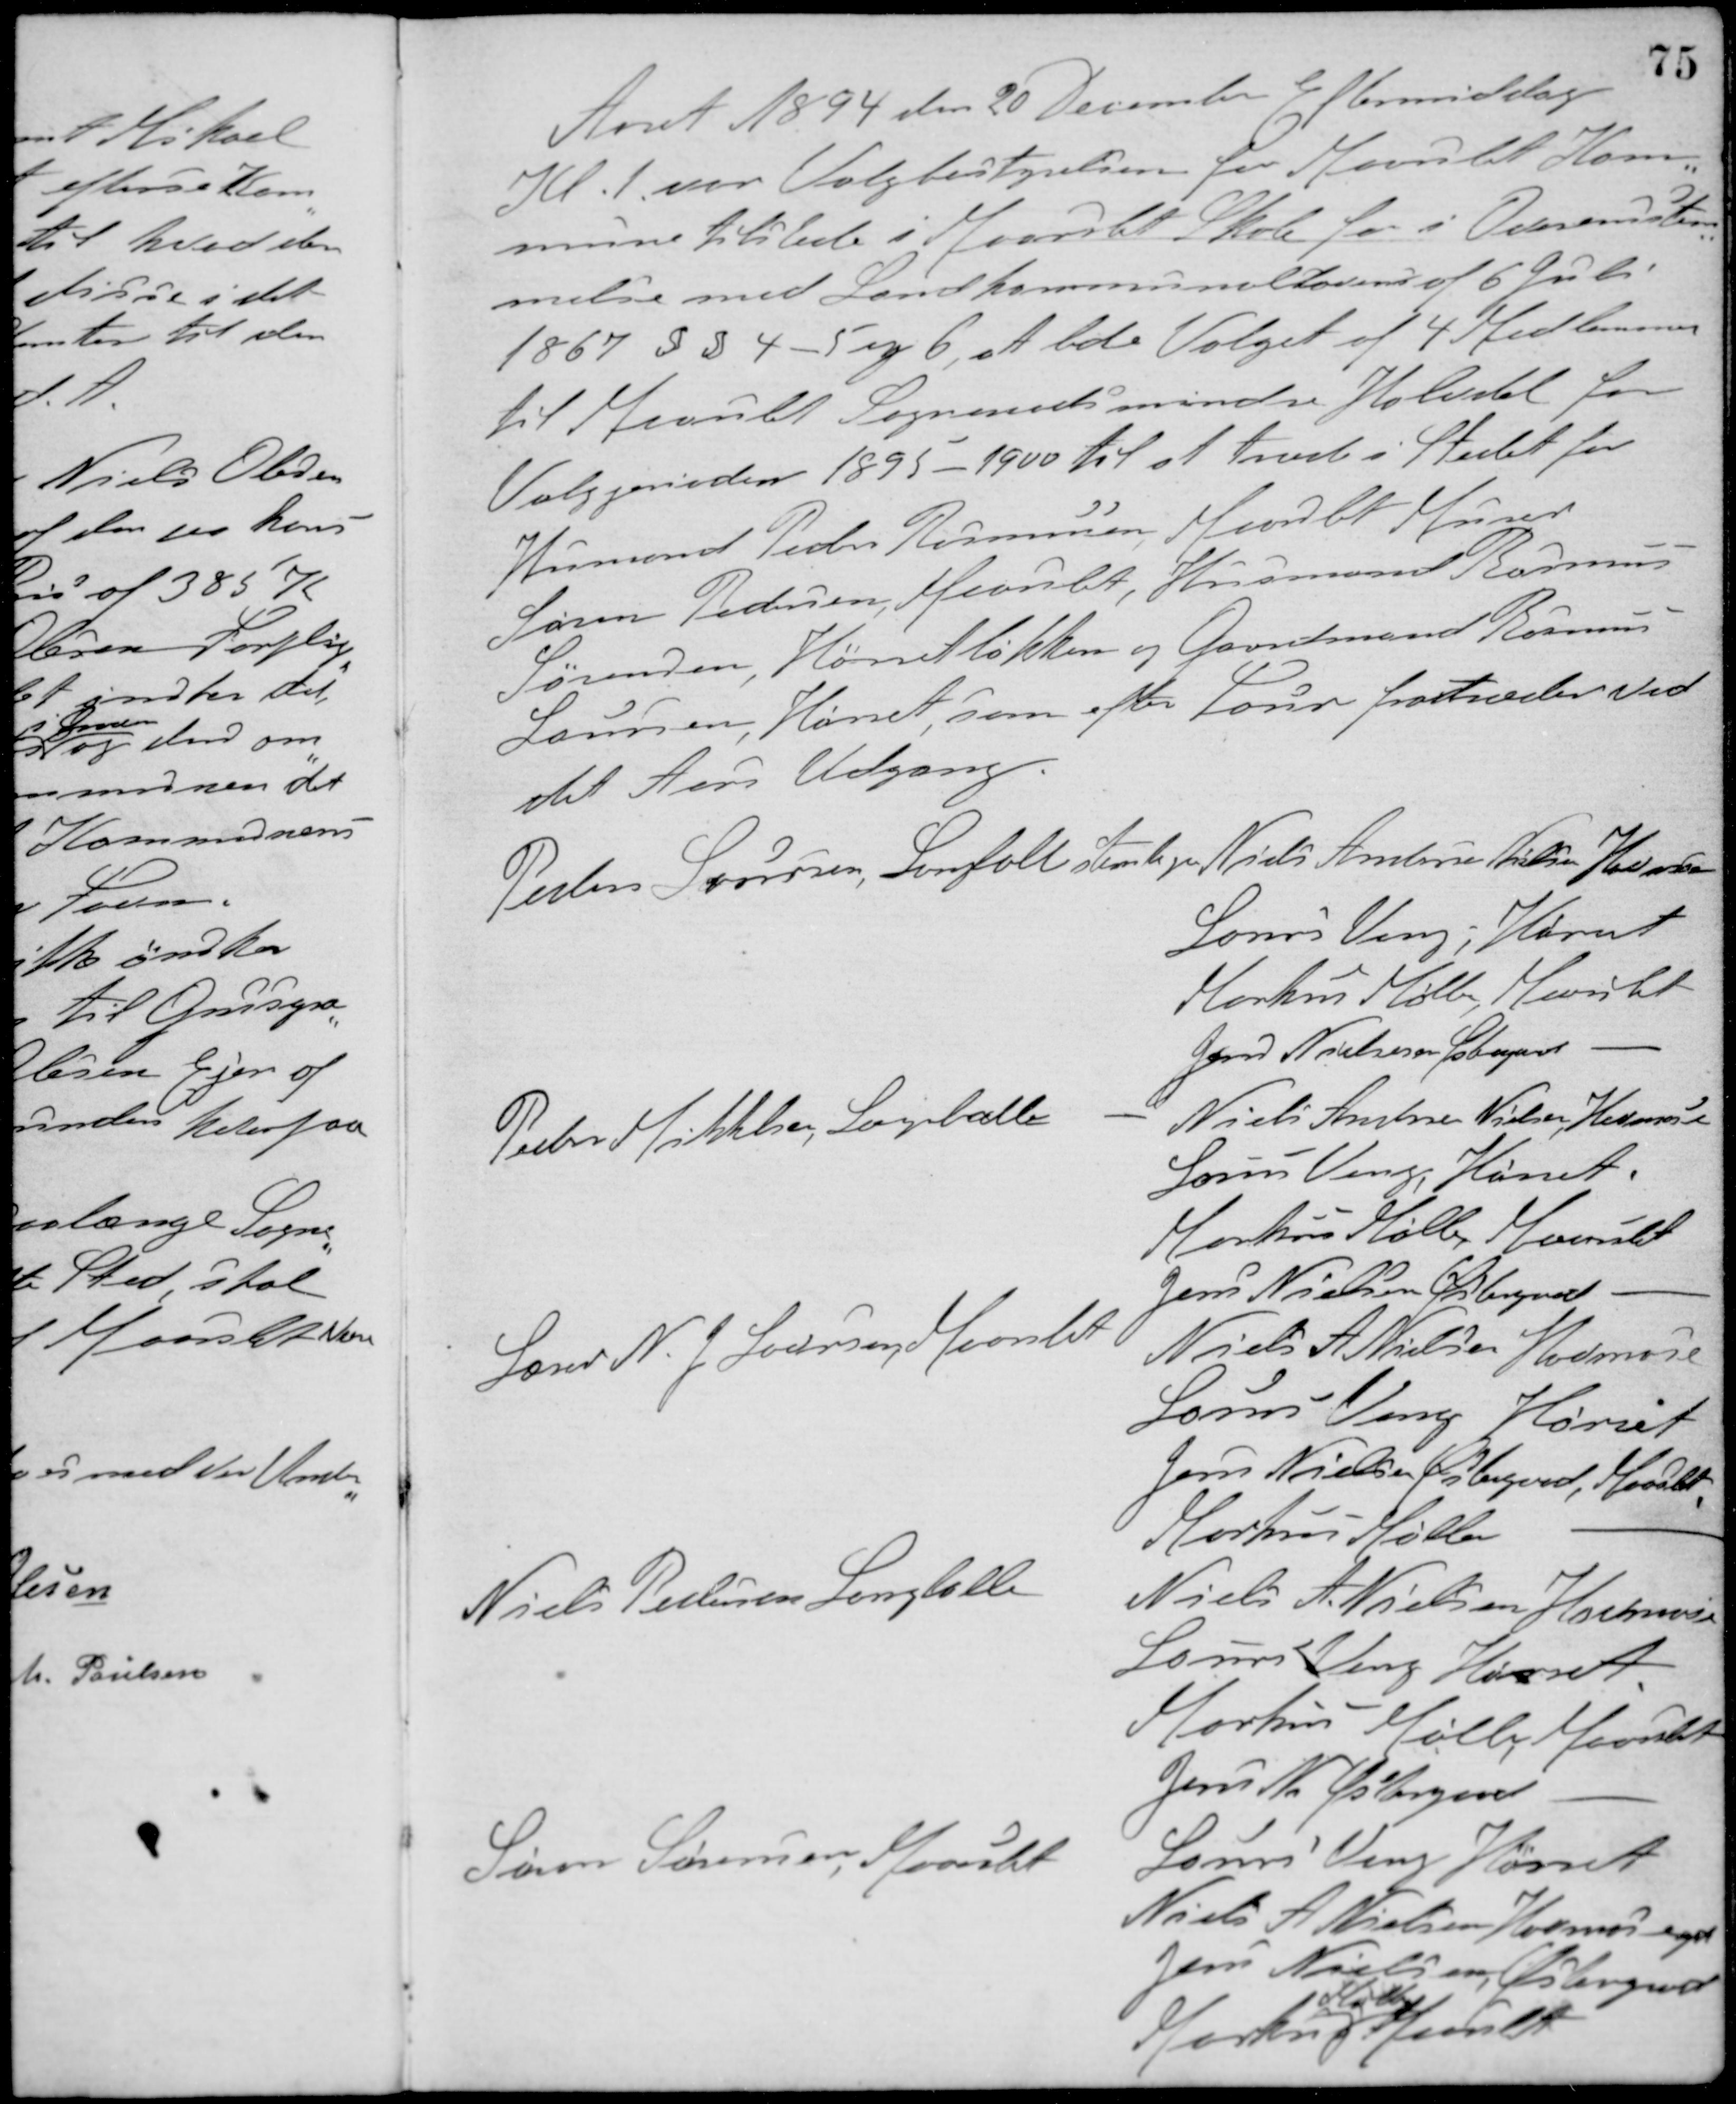
Transskription:
Aaret 1894 den 20 December Eftermiddag
Kl. 1 var Valgbestyrelsen for Maarslet Kom-
mune tilstede i Maarslet Skole for i Overensstem-
melse med Landkommuneloven af 6 Juli.
1867 § § 4 - 5 og 6, at lede Valget af 4 Medlemmer
til Maarslet Sogneraads mindre Halvdel for
Valgperioden 1895 - 1900 til at træde i Stedet for
Husmand Peder Rasmussen Maarslet Murer
Søren Pedersen, Maarslet, Husmand Rasmus
Sørensen, Hørretløkken og Gaardmand Rasmus
Laursen, Hørret, som efter Loven fratræder ved
det Aars Udgang.

Peder Laursen, Langballe stemte paa
Niels Andersen Nielsen, Havmose
Laurs Veng, Hørret
Markus Møller, Maarslet
Jørn Nielsen, Østergaard -
Peder Mikkelsen, Langballe -
Niels Andersen Nielsen, Havmose
Laurs Veng, Hørret
Markus Møller, Maarslet
Jens Nielsen Østergaard, -
Lærer N. J. Lodrserg Maarslet
Niels A. Nielsen, Havmose
Laurs Veng, Hørret
Jens Nielsen Østergaard, Maarslet
Markus Møller, -
Niels Pedersen Langballe
Niels A. Nielsen, Havmose
Laurs Veng, Hørret
Markus Møller, Maarslet
Jens N. Østergaard, -
Søren Sørensen, Maarslet
Laurs Veng, Hørret
Niels A. Nielsen, Havmosegd.
Jens Nielsen, Østergaard
Markus
Møller
Maarslet